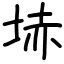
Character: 𡋽